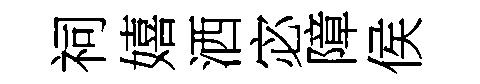
祠嬉洒宓障侯